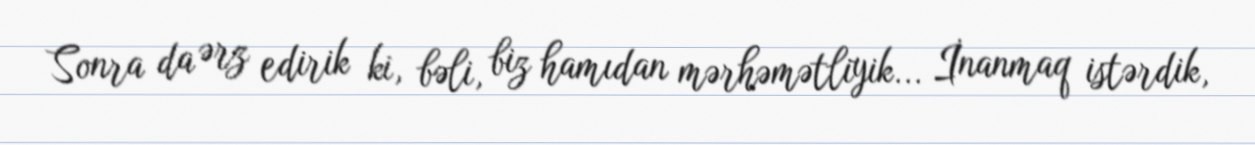
Sonra da ərz edirik ki, bəli, biz hamıdan mərhəmətliyik... İnanmaq istərdik,